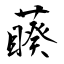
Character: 藈